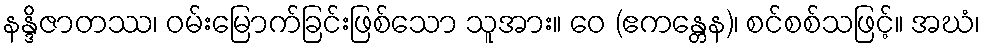
နန္ဒိဇာတဿ၊ ဝမ်းမြောက်ခြင်းဖြစ်သော သူအား။ ဝေ (ဧကန္တေန)၊ စင်စစ်သဖြင့်။ အဃံ၊